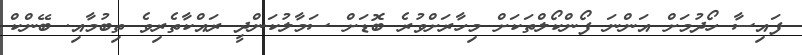
ފައިސާ ހޯދުމަށް އަންނަ ފޯންކޯލްތަކަށް މިހާރަށްވުރެ ބޮޑަށް ސަމާލުކަންދީ ރައްކާތެރިވެ ތިބުމާއި. ބޭންކް